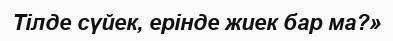
Тілде сүйек, ерінде жиек бар ма?»